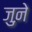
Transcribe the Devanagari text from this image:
जुऩे